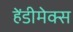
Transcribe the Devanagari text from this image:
हेंडीमेक्स